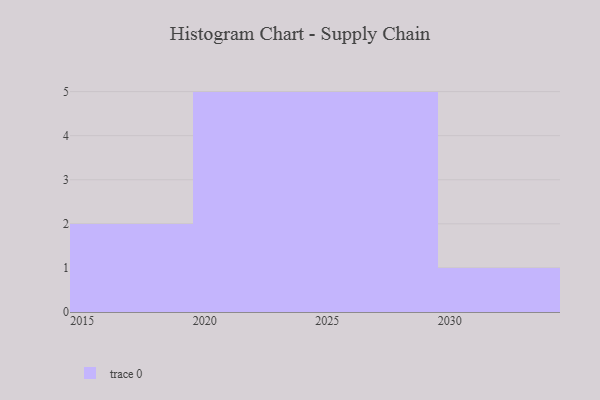
{"axis": {"x": "Year", "y": "Population (Million)"}, "legend": [""], "data": [{"x": "2027", "y": 26, "type": ""}, {"x": "2024", "y": 76, "type": ""}, {"x": "2030", "y": 85, "type": ""}, {"x": "2026", "y": 2, "type": ""}, {"x": "2023", "y": 57, "type": ""}, {"x": "2021", "y": 61, "type": ""}, {"x": "2028", "y": 7, "type": ""}, {"x": "2019", "y": 1, "type": ""}, {"x": "2029", "y": 98, "type": ""}, {"x": "2020", "y": 83, "type": ""}, {"x": "2022", "y": 94, "type": ""}, {"x": "2025", "y": 26, "type": ""}, {"x": "2018", "y": 77, "type": ""}]}